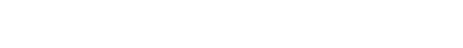
“ဧဝံ ဘာဝိတာယ ခေါ, ရာဟုလ, အာနာပါနဿတိယာ ဧဝံ ဗဟုလီကတာယ ယေပိ